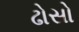
ઢોસો